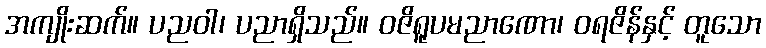
အကျိုးဆက်။ ပညဝါ၊ ပညာရှိသည်။ ဝဇိရူပမညာဏော၊ ဝရဇိန်နှင့် တူသော